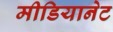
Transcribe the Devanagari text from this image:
मीडियानेट